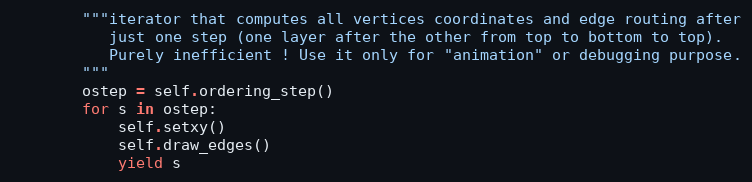
Language: Python
        """iterator that computes all vertices coordinates and edge routing after
           just one step (one layer after the other from top to bottom to top).
           Purely inefficient ! Use it only for "animation" or debugging purpose.
        """
        ostep = self.ordering_step()
        for s in ostep:
            self.setxy()
            self.draw_edges()
            yield s